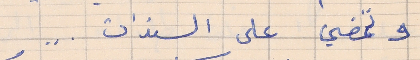
وتمضي على السندات  . .